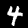
Label: 4